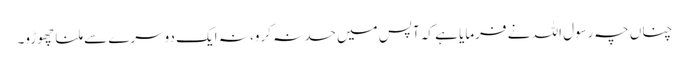
چناں چہ رسول اللہ نے فرمایا ہے کہ آپس میں حسد نہ کرو، نہ ایک دوسرے سے ملنا چھوڑو۔